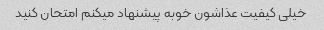
خیلی کیفیت عذاشون خوبه پیشنهاد میکنم امتحان کنید